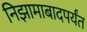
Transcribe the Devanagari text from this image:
निझामाबादपर्यंत